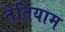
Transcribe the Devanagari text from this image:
तेतियाम